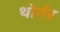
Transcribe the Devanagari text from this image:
थोर्नर